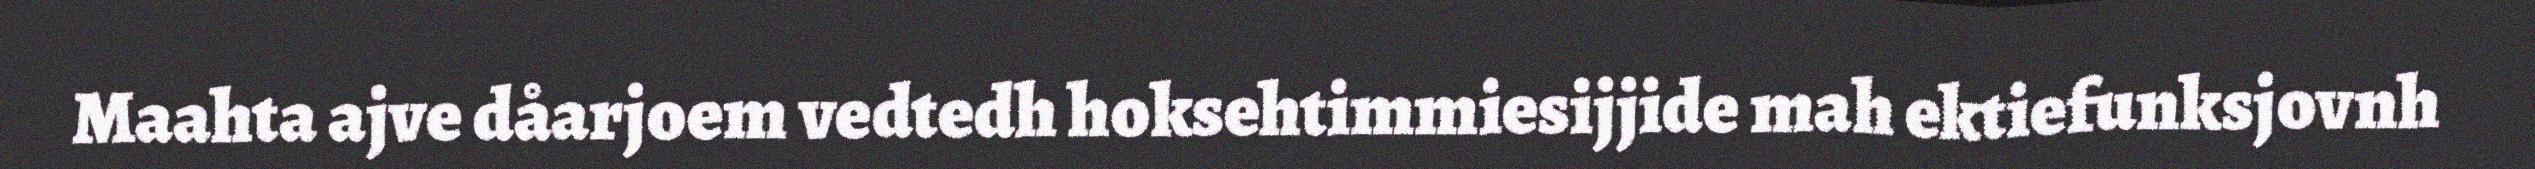
Maahta ajve dåarjoem vedtedh hoksehtimmiesijjide mah ektiefunksjovnh